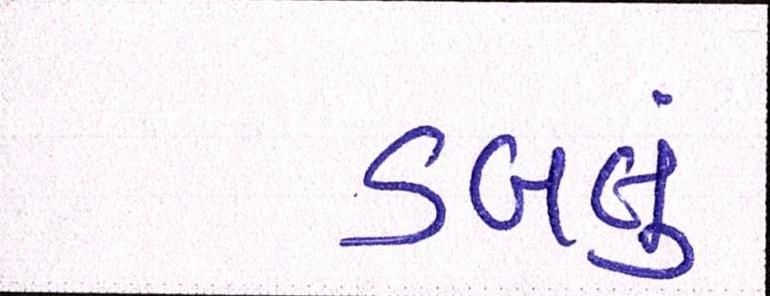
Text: ડબલું